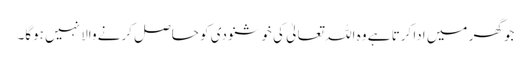
جو گھر میں ادا کرتا ہے وہ اللہ تعالیٰ کی خوشنودی کو حاصل کرنے والا نہیں ہوگا۔